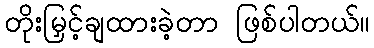
တိုးမြှင့်ချထားခဲ့တာ ဖြစ်ပါတယ်။